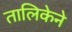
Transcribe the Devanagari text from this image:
तालिकेने